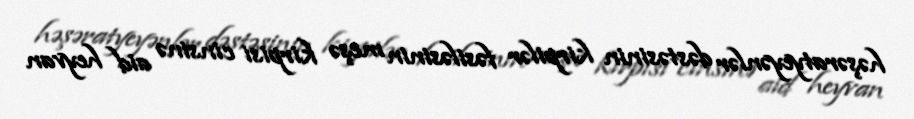
həşəratyeyənlər dəstəsinin kirpilər fəsiləsinin meşə kirpisi cinsinə aid heyvan